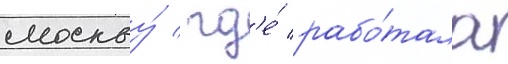
москву́ / гд'е́ рабо́тала